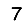
Digit: 7